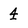
Character: 4